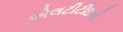
એલટીટીઇનો